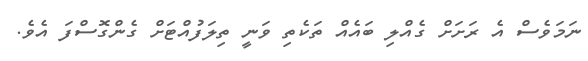
ނަމަވެސް އެ ރަށަށް ގެއްލި ބައެއް ތަކެތި ވަނީ ތިލަފުއްޓަށް ގެންގޮސްފަ އެވެ.